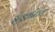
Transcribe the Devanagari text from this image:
इंटुइशनिज्म